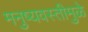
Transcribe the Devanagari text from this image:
मनुष्यवस्तीमुळे